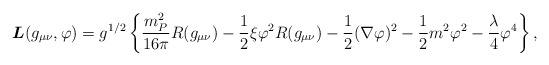
\begin{align*}{\mbox{\boldmath $L$}}(g_{\mu\nu},\varphi)=g^{1/2}\left\{\frac{m_{P}^{2}}{16\pi} R(g_{\mu\nu})-\frac{1}{2}\xi\varphi^{2}R(g_{\mu\nu})-\frac{1}{2}(\nabla\varphi)^{2}-\frac{1}{2}m^{2}\varphi^{2}-\frac{\lambda}{4}\varphi^{4}\right\}, \end{align*}